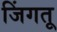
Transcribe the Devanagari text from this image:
जिंगतू